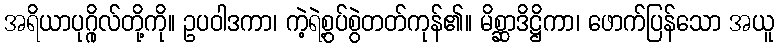
အရိယာပုဂ္ဂိုလ်တို့ကို။ ဥပဝါဒကာ၊ ကဲ့ရဲ့စွပ်စွဲတတ်ကုန်၏။ မိစ္ဆာဒိဋ္ဌိကာ၊ ဖောက်ပြန်သော အယူ